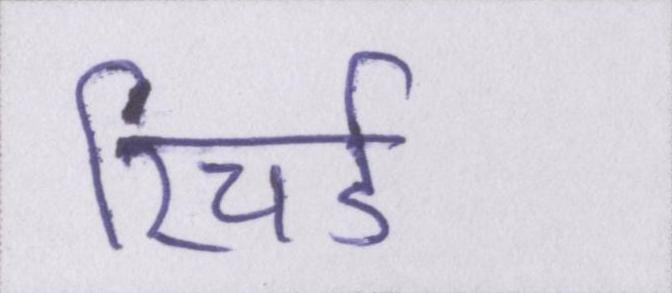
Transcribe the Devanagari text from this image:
रिचर्ड